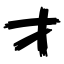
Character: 才